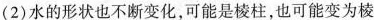
(2)水的形状也不断变化，可能是棱柱，也可能变为棱